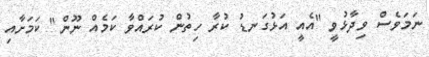
ނަމަވެސް ވިދާޅުވީ "އެއީ އަޅުގަނޑު ކުރާ ހިތުން ކުރައްވާ ކަމެއް ނޫން" ކަމަށާއި